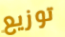
توزيع